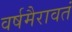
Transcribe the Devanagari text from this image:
वर्षमैरावतं